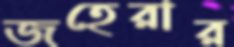
জহেরার